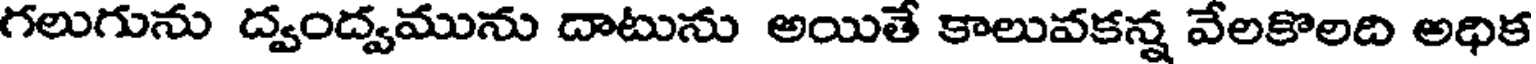
గలుగును ద్వంద్వమును దాటును అయితే కాలువకన్న వేలకొలది అధిక